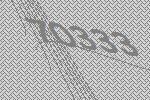
70333